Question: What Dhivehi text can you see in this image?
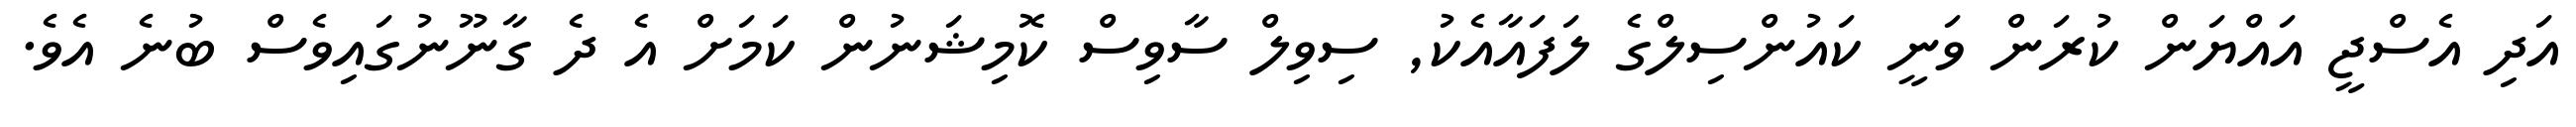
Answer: އަދި އެސްޖީ އައްޔަން ކުރަން ވަނީ ކައުންސިލްގެ ލަފައާއެކު, ސިވިލް ސާވިސް ކޮމިޝަނުން ކަމަށް އެ ދެ ގާނޫނުގައިވެސް ބުނެ އެވެ.